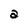
Character: a